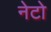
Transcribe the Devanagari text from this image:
नेटो